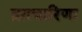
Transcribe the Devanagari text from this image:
व्रतचारिणः